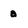
Character: a